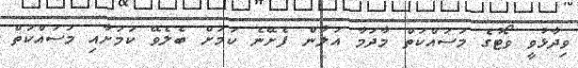
ވިދާޅުވީ ވޯޓުގެ މަސައްކަތް މާދަމާ އަލުން ފެށޭނެ ކަމަށް ބެލެވޭ ކަމަށާއި މަސައްކަތް